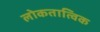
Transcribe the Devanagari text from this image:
लोकतात्विक